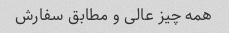
همه چیز عالی و مطابق سفارش